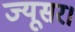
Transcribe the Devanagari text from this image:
ज्यूसर।